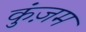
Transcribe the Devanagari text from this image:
कुंज़म